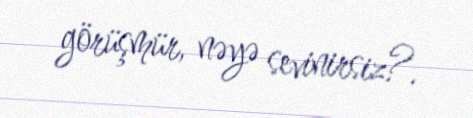
görüşmür, nəyə sevinirsiz?.